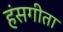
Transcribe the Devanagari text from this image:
हंसगीता